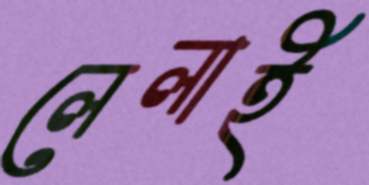
লেলাই